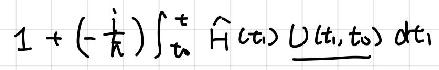
$1 + (-\frac{1}{\hbar})\int_{t_0}^{t} \widehat{H}(t_1) \underline{U(t_1,t_0)} dt_1$